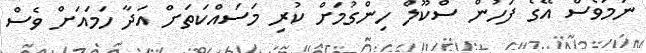
ނަމަވެސް އޭގެ ފަހުން ސްކޫލް ހިންގުމަށް ކުރި މަސައްކަތަށް އަދާ ހަމައަށް ވެސް